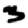
Digit: 3